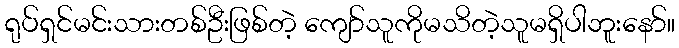
ရုပ်ရှင်မင်းသားတစ်ဦးဖြစ်တဲ့ ကျော်သူကိုမသိတဲ့သူမရှိပါဘူးနော်။